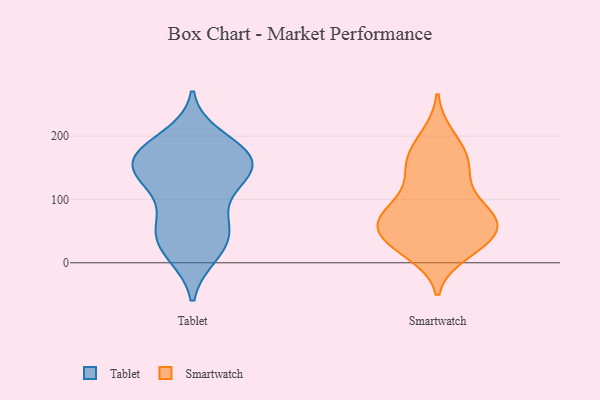
{"axis": {"x": "Population (Million)", "y": "Value"}, "legend": ["Smartwatch", "Tablet"], "data": [{"x": "", "y": 13, "type": "Tablet"}, {"x": "", "y": 130, "type": "Tablet"}, {"x": "", "y": 52, "type": "Tablet"}, {"x": "", "y": 170, "type": "Tablet"}, {"x": "", "y": 161, "type": "Tablet"}, {"x": "", "y": 66, "type": "Tablet"}, {"x": "", "y": 157, "type": "Tablet"}, {"x": "", "y": 182, "type": "Tablet"}, {"x": "", "y": 47, "type": "Tablet"}, {"x": "", "y": 68, "type": "Tablet"}, {"x": "", "y": 126, "type": "Tablet"}, {"x": "", "y": 178, "type": "Tablet"}, {"x": "", "y": 132, "type": "Tablet"}, {"x": "", "y": 13, "type": "Tablet"}, {"x": "", "y": 130, "type": "Tablet"}, {"x": "", "y": 31, "type": "Tablet"}, {"x": "", "y": 165, "type": "Tablet"}, {"x": "", "y": 198, "type": "Tablet"}, {"x": "", "y": 156, "type": "Tablet"}, {"x": "", "y": 56, "type": "Smartwatch"}, {"x": "", "y": 66, "type": "Smartwatch"}, {"x": "", "y": 96, "type": "Smartwatch"}, {"x": "", "y": 25, "type": "Smartwatch"}, {"x": "", "y": 78, "type": "Smartwatch"}, {"x": "", "y": 77, "type": "Smartwatch"}, {"x": "", "y": 45, "type": "Smartwatch"}, {"x": "", "y": 161, "type": "Smartwatch"}, {"x": "", "y": 188, "type": "Smartwatch"}, {"x": "", "y": 25, "type": "Smartwatch"}, {"x": "", "y": 200, "type": "Smartwatch"}, {"x": "", "y": 152, "type": "Smartwatch"}, {"x": "", "y": 71, "type": "Smartwatch"}, {"x": "", "y": 104, "type": "Smartwatch"}, {"x": "", "y": 149, "type": "Smartwatch"}, {"x": "", "y": 64, "type": "Smartwatch"}, {"x": "", "y": 47, "type": "Smartwatch"}, {"x": "", "y": 16, "type": "Smartwatch"}, {"x": "", "y": 151, "type": "Smartwatch"}, {"x": "", "y": 36, "type": "Smartwatch"}]}